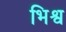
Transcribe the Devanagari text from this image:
भिश्व